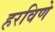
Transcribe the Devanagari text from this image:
हरविणे